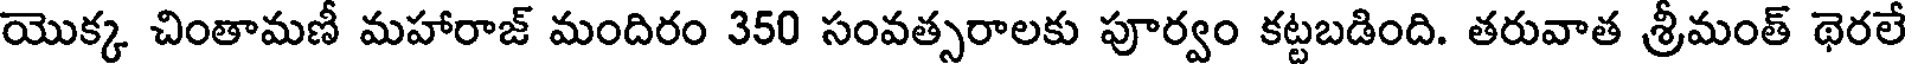
యొక్క చింతామణీ మహారాజ్ మందిరం 350 సంవత్సరాలకు పూర్వం కట్టబడింది. తరువాత శ్రీమంత్ థెరలే